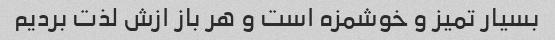
بسیار تمیز و خوشمزه است و هر باز ازش لذت بردیم